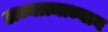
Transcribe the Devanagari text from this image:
अध्यात्माध्यान